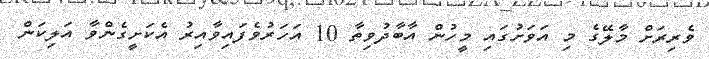
ވެރިރަށް މާލޭގެ މި އަވަށުގައި މީހުން އާބާދުވިތާ 10 އަހަރުވެފައިވާއިރު އެކަށީގެންވާ އަލިކަން